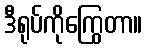
ဒီရုပ်ကိုကြွေတာ။